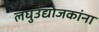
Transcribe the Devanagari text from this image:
लघुउद्योजकांना